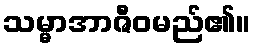
သမ္မာအာဇီဝမည်၏။